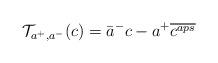
LaTeX: \begin{align*}\mathcal{T}_{a^+,a^-}(c)=\bar{a}^-c-a^+\overline{c^{aps}}\end{align*}